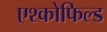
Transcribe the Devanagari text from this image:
एश्कोफिल्ड